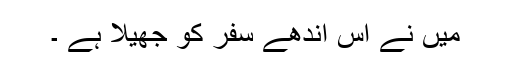
میں نے اس اندھے سفر کو جھیلا ہے ۔